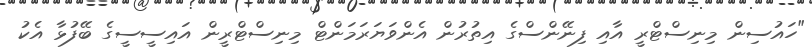
"ހައުސިން މިނިސްޓްރީ އާއި ފިނޭންސްގެ އިތުރުން އެންވަޔަރަމަންޓް މިނިސްޓްރީން އައިސީސީގެ ބޭފުޅާ އެކު